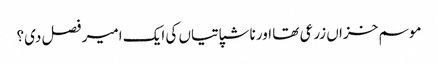
موسم خزاں زرعی تھا اور ناشپاتیاں کی ایک امیر فصل دی؟